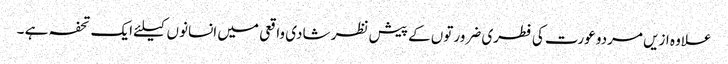
علاوہ ازیں مردو عورت کی فطری ضرورتوں کے پیش نظر شادی واقعی میں انسانوں کیلئے ایک تحفہ ہے ۔